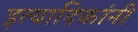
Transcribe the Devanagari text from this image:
इत्यादिकांनी